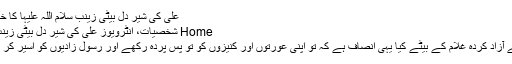
علی کی شیر دل بیٹی زینب سلام اللہ علیہا کا خطبہ | Aalmi Akhbar
Home شخصیات، انٹرویوز علی کی شیر دل بیٹی زینب سلام اللہ علیہا کا خطبہ
…… ا ے میرے جد کے آزاد کردہ غلام کے بیٹے کیا یہی انصاف ہے کہ تو اپنی عورتوں اور کنیزوں کو تو پس پردہ رکھے اور رسول زادیوں کو اسیر کر کے کشاں کشاں پھرائے؟